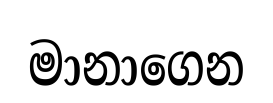
මානාගෙන